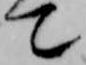
て